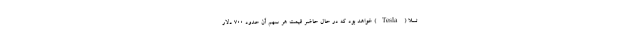
تسلا (Tesla) خواهد بود که در حال حاضر قیمت هر سهم آن حدود ۷۰۰ دلار